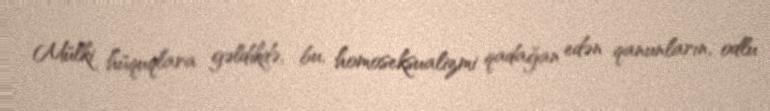
Mülki hüquqlara gəldikdə, bu, homoseksualizmi qadağan edən qanunların, odlu